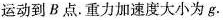
运动到B点.重力加速度大小为g.